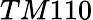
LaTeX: TM110